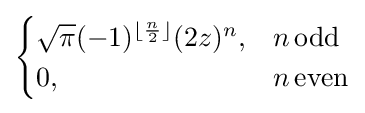
{\begin{cases}{\sqrt {\pi }}(-1)^{\lfloor {\frac {n}{2}}\rfloor }(2z)^{n},&n\,\mathrm {odd} \\0,&n\,\mathrm {even} \end{cases}}